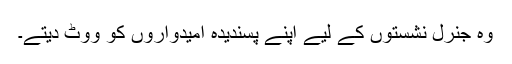
وہ جنرل نشستوں کے لیے اپنے پسندیدہ امیدواروں کو ووٹ دیتے۔